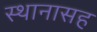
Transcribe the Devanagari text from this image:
स्थानासह